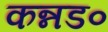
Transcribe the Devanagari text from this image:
कन्नड०